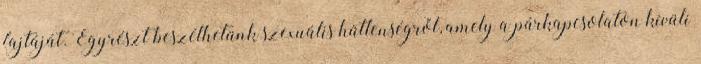
fajtáját. Egyrészt beszélhetünk szexuális hűtlenségről, amely a párkapcsolaton kívüli